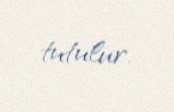
tutulur.